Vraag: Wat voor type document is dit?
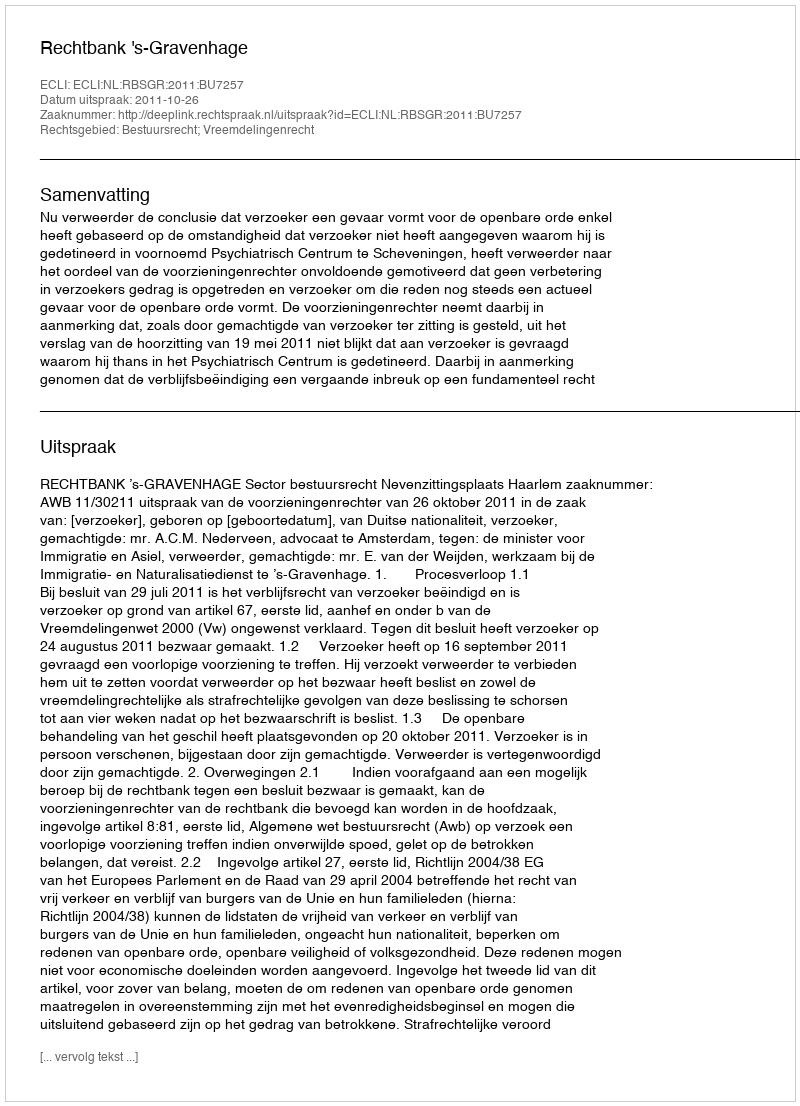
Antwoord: Uitspraak